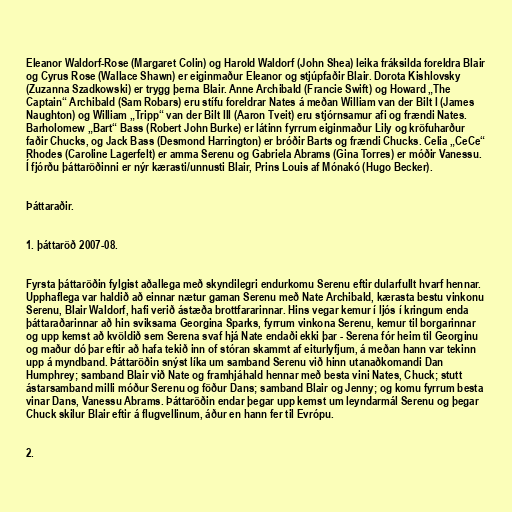
Eleanor Waldorf-Rose (Margaret Colin) og Harold Waldorf (John Shea) leika fráksilda foreldra Blair
og Cyrus Rose (Wallace Shawn) er eiginmaður Eleanor og stjúpfaðir Blair. Dorota Kishlovsky
(Zuzanna Szadkowski) er trygg þerna Blair. Anne Archibald (Francie Swift) og Howard „The
Captain“ Archibald (Sam Robars) eru stífu foreldrar Nates á meðan William van der Bilt I (James
Naughton) og William „Tripp“ van der Bilt III (Aaron Tveit) eru stjórnsamur afi og frændi Nates.
Barholomew „Bart“ Bass (Robert John Burke) er látinn fyrrum eiginmaður Lily og kröfuharður
faðir Chucks, og Jack Bass (Desmond Harrington) er bróðir Barts og frændi Chucks. Celia „CeCe“
Rhodes (Caroline Lagerfelt) er amma Serenu og Gabriela Abrams (Gina Torres) er móðir Vanessu.
Í fjórðu þáttaröðinni er nýr kærasti/unnusti Blair, Prins Louis af Mónakó (Hugo Becker).

Þáttaraðir.

1. þáttaröð 2007-08.

Fyrsta þáttaröðin fylgist aðallega með skyndilegri endurkomu Serenu eftir dularfullt hvarf hennar.
Upphaflega var haldið að einnar nætur gaman Serenu með Nate Archibald, kærasta bestu vinkonu
Serenu, Blair Waldorf, hafi verið ástæða brottfararinnar. Hins vegar kemur í ljós í kringum enda
þáttaraðarinnar að hin sviksama Georgina Sparks, fyrrum vinkona Serenu, kemur til borgarinnar
og upp kemst að kvöldið sem Serena svaf hjá Nate endaði ekki þar - Serena fór heim til Georginu
og maður dó þar eftir að hafa tekið inn of stóran skammt af eiturlyfjum, á meðan hann var tekinn
upp á myndband. Þáttaröðin snýst líka um samband Serenu við hinn utanaðkomandi Dan
Humphrey; samband Blair við Nate og framhjáhald hennar með besta vini Nates, Chuck; stutt
ástarsamband milli móður Serenu og föður Dans; samband Blair og Jenny; og komu fyrrum besta
vinar Dans, Vanessu Abrams. Þáttaröðin endar þegar upp kemst um leyndarmál Serenu og þegar
Chuck skilur Blair eftir á flugvellinum, áður en hann fer til Evrópu.

2.